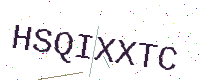
Text: HSQIXXTC